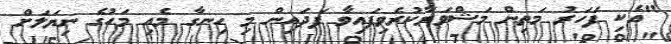
"އެކި ފަހަރު މަތިން މަޝްވަރާކުރެވިފައިވާ ފަދައިން މި ހިނގާ މެއި މަހުގެ ނިޔަލަށް